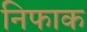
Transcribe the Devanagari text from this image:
निफाक